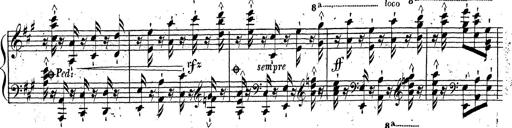
Title: Grande fantaisie sur la tyrolienne de l'opÃ©ra
Composer: Franz Liszt
Key: A major